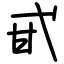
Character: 甙